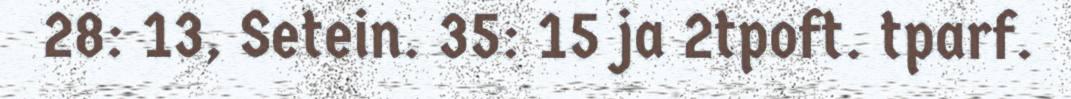
28: 13, Setein. 35: 15 ja 2tpoft. tparf.